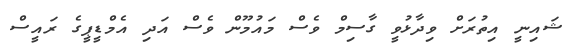
ޝައިނީ އިތުރަށް ވިދާޅުވީ ގާސިމް ވެސް މައުމޫން ވެސް އަދި އެމްޑީޕީގެ ރައީސް